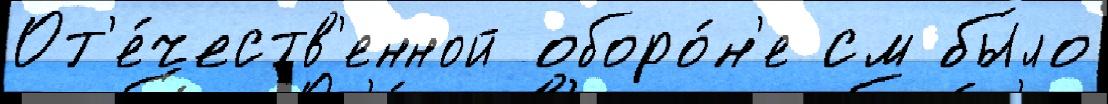
От'е́честв'енной оборо́н'е см бы́ло